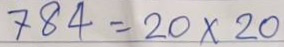
784 = 20 x 20